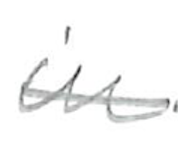
Text: in
Cross-out: single-line
Writing tool: pencil